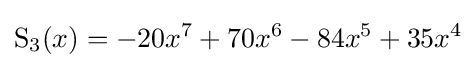
\operatorname {S} _{3}(x)=-20x^{7}+70x^{6}-84x^{5}+35x^{4}